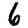
Digit: 6